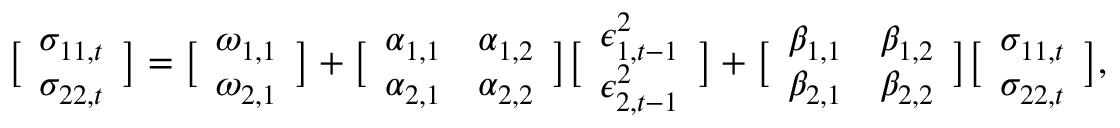
\bigl [ \begin{array} { l } { \sigma _ { 1 1 , t } } \\ { \sigma _ { 2 2 , t } } \end{array} \bigr ] = \bigl [ \begin{array} { l } { \omega _ { 1 , 1 } } \\ { \omega _ { 2 , 1 } } \end{array} \bigr ] + \bigl [ \begin{array} { l l } { \alpha _ { 1 , 1 } } & { \alpha _ { 1 , 2 } } \\ { \alpha _ { 2 , 1 } } & { \alpha _ { 2 , 2 } } \end{array} \bigr ] \bigl [ \begin{array} { l } { \epsilon _ { 1 , t - 1 } ^ { 2 } } \\ { \epsilon _ { 2 , t - 1 } ^ { 2 } } \end{array} \bigr ] + \bigl [ \begin{array} { l l } { \beta _ { 1 , 1 } } & { \beta _ { 1 , 2 } } \\ { \beta _ { 2 , 1 } } & { \beta _ { 2 , 2 } } \end{array} \bigr ] \bigl [ \begin{array} { l } { \sigma _ { 1 1 , t } } \\ { \sigma _ { 2 2 , t } } \end{array} \bigr ] ,